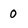
Character: 0